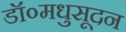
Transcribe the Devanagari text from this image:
डॉ०मधुसूदन